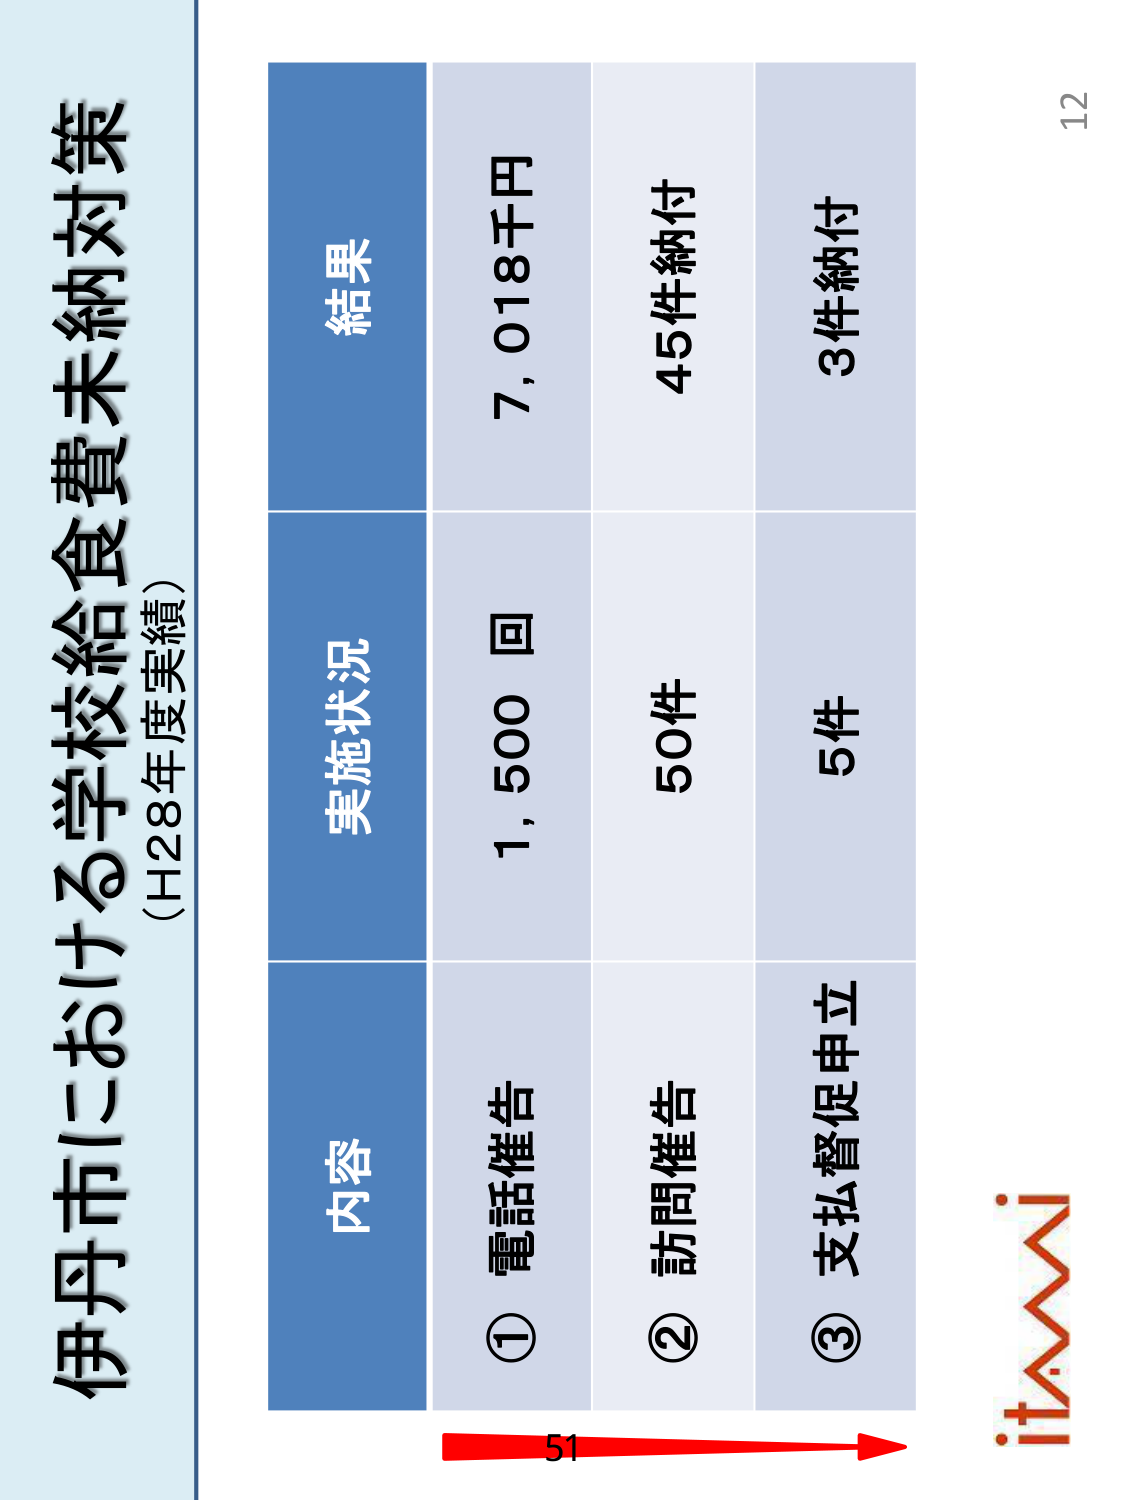
伊丹市における学校給食費未納対策
（H28年度実績）

内容　　実施状況　　結果
① 電話催告　　1,500回　　7,018千円
② 訪問催告　　50件　　45件納付
③ 支払督促申立　　5件　　3件納付

12
itami
51